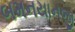
બમનયાનજી